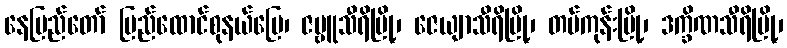
နေပြည်တော် ပြည်ထောင်စုနယ်မြေ၊ ဇမ္ဗူသီရိမြို့၊ ဇေယျာသီရိမြို့၊ တပ်ကုန်းမြို့၊ ဒက္ခိဏသီရိမြို့၊